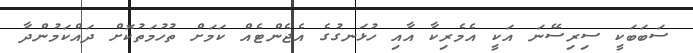
ސަބަބަކީ ސިރިސޭނަ އަކީ އެމެރިކާ އާއި ހުޅަނގުގެ އެޖެންޓެއް ކަމަށް ތުހުމަތުކޮށް ދައްކަމުންދާ